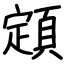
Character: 顁